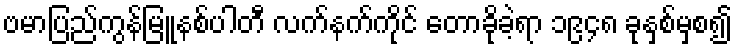
ဗမာပြည်ကွန်မြူနစ်ပါတီ လက်နက်ကိုင် တောခိုခဲ့ရာ ၁၉၄၈ ခုနှစ်မှစ၍